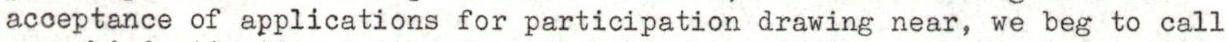
acceptance of applications for participation drawing near, we beg to call